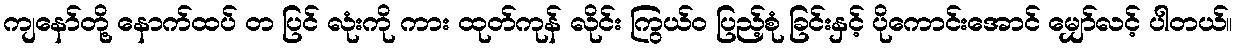
ကျနော်တို့ နောက်ထပ် တ ပြင် လုံးကို ကား ထုတ်ကုန် လိုင်း ကြွယ်ဝ ပြည့်စုံ ခြင်းနှင့် ပိုကောင်းအောင် မျှော်လင့် ပါတယ်။